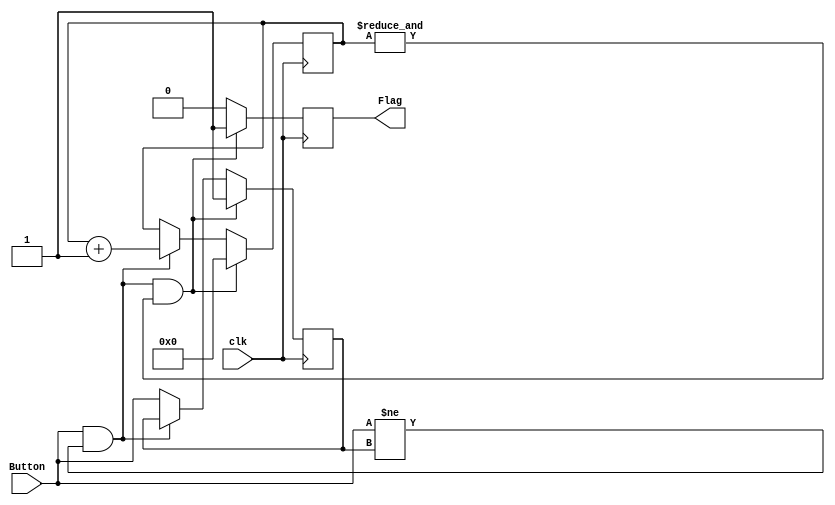
module Debounce(
input clk,		//input clock
input Button,  //input reset signal (external button)
output reg Flag //output reset signal (delayed)
    );
//--------------------------------------------
reg previous_state;
reg [21:0]Count; //assume count is null on FPGA configuration

//--------------------------------------------
always @(posedge clk) begin  	//activates every clock edge
 //previous_state <= Button;		// localise the reset signal
   if (Button && Button != previous_state && &Count) begin		// reset block
    Flag <= 1'b1;					// reset the output to 1
	 Count <= 0;
	 previous_state <= 1;
  end 
  else if (Button && Button != previous_state) begin
	 Flag <= 1'b0;
	 Count <= Count + 1'b1;
  end 
  else begin
	 Flag <= 1'b0;
	 previous_state <= Button;
  end

end //always
 //--------------------------------------------
endmodule
//---------------------------------------------